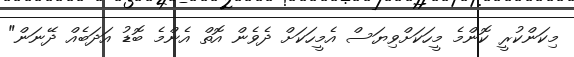
މިކަންކުރީ ކޮންމެ މީހަކަށްވިޔަސް އެމީހަކަށް ދެވެން އޮތް އެންމެ ބޮޑު އަދަބެއް ދޭނަން"